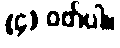
(၄) ဝတ်ပါ။